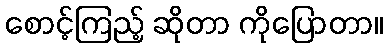
စောင့်ကြည့် ဆိုတာ ကိုပြောတာ။